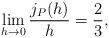
LaTeX: \begin{align*} \begin{aligned}\lim_{h\rightarrow0}\frac{j_P(h)}{h}=\frac{2}{3}, \end{aligned} \end{align*}